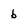
Character: b